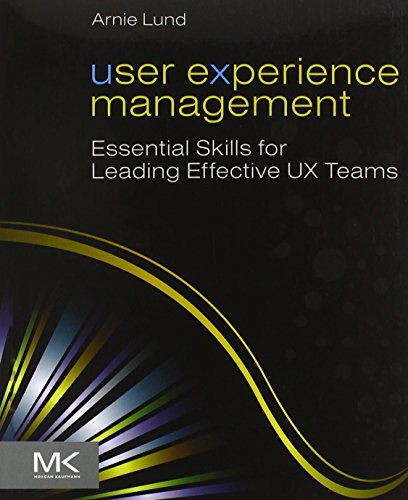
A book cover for User Experience Management: Essential Skills for Leading Effective UX Teams; Arnie Lund; Computers & Technology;